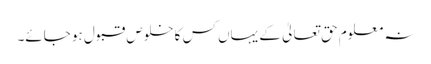
نہ معلوم حق تعالیٰ کے یہاں کس کا خلوص قبول ہو جائے۔